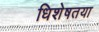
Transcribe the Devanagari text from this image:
धिशेषतया